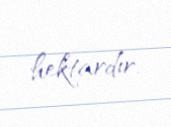
hektardır.